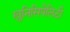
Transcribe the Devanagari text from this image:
खुनिसिपैलिटी